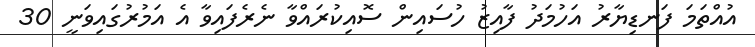
އުއްތަމަ ފަނޑިޔާރު އަހުމަދު ފާއިޒު ހުސައިން ސޮއިކުރައްވާ ނެރެފައިވާ އެ އަމުރުގައިވަނީ 30